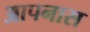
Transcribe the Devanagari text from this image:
आपनास